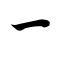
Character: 一